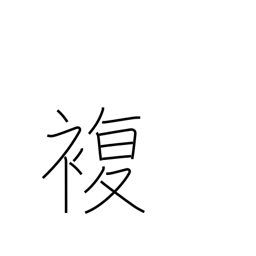
Meaning: double